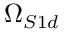
\Omega _ { S 1 d }